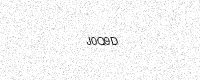
Text: J0Q9D